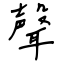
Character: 聲